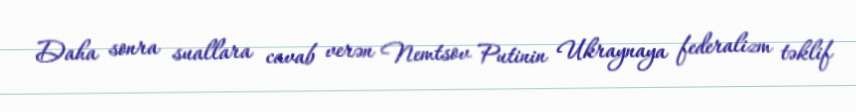
Daha sonra suallara cavab verən Nemtsov Putinin Ukraynaya federalizm təklif